38_143685_box7_Incident_Summaries_1-100
Agency: Department of War
Page 91
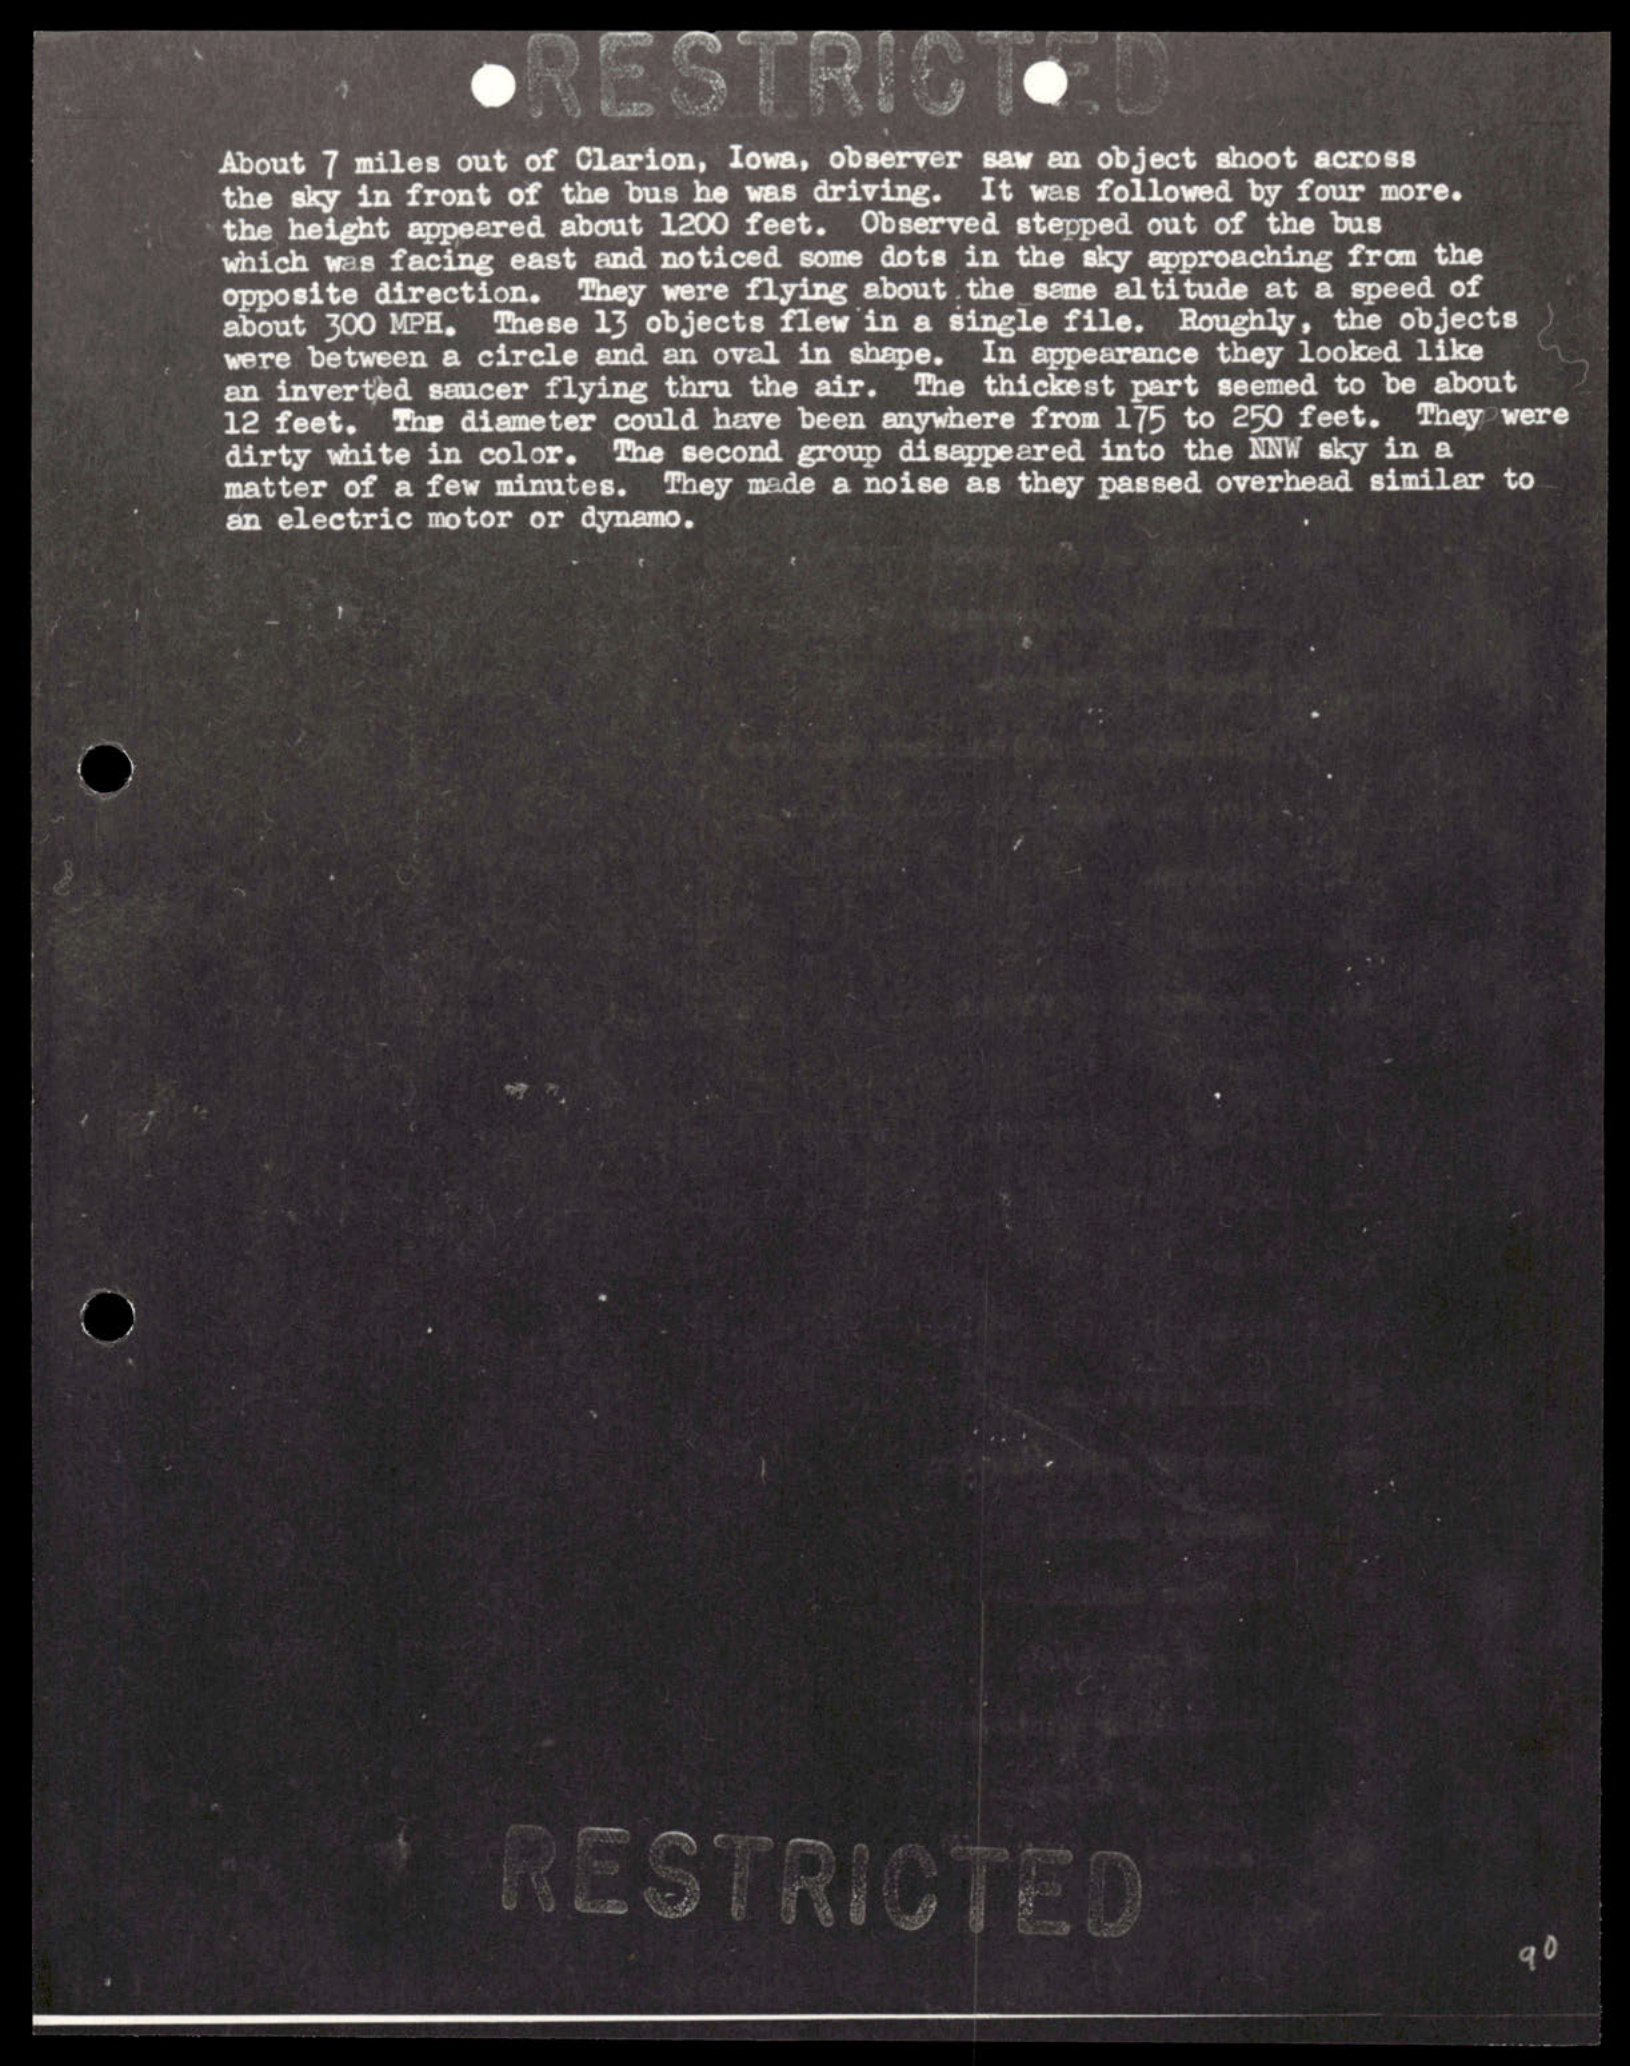